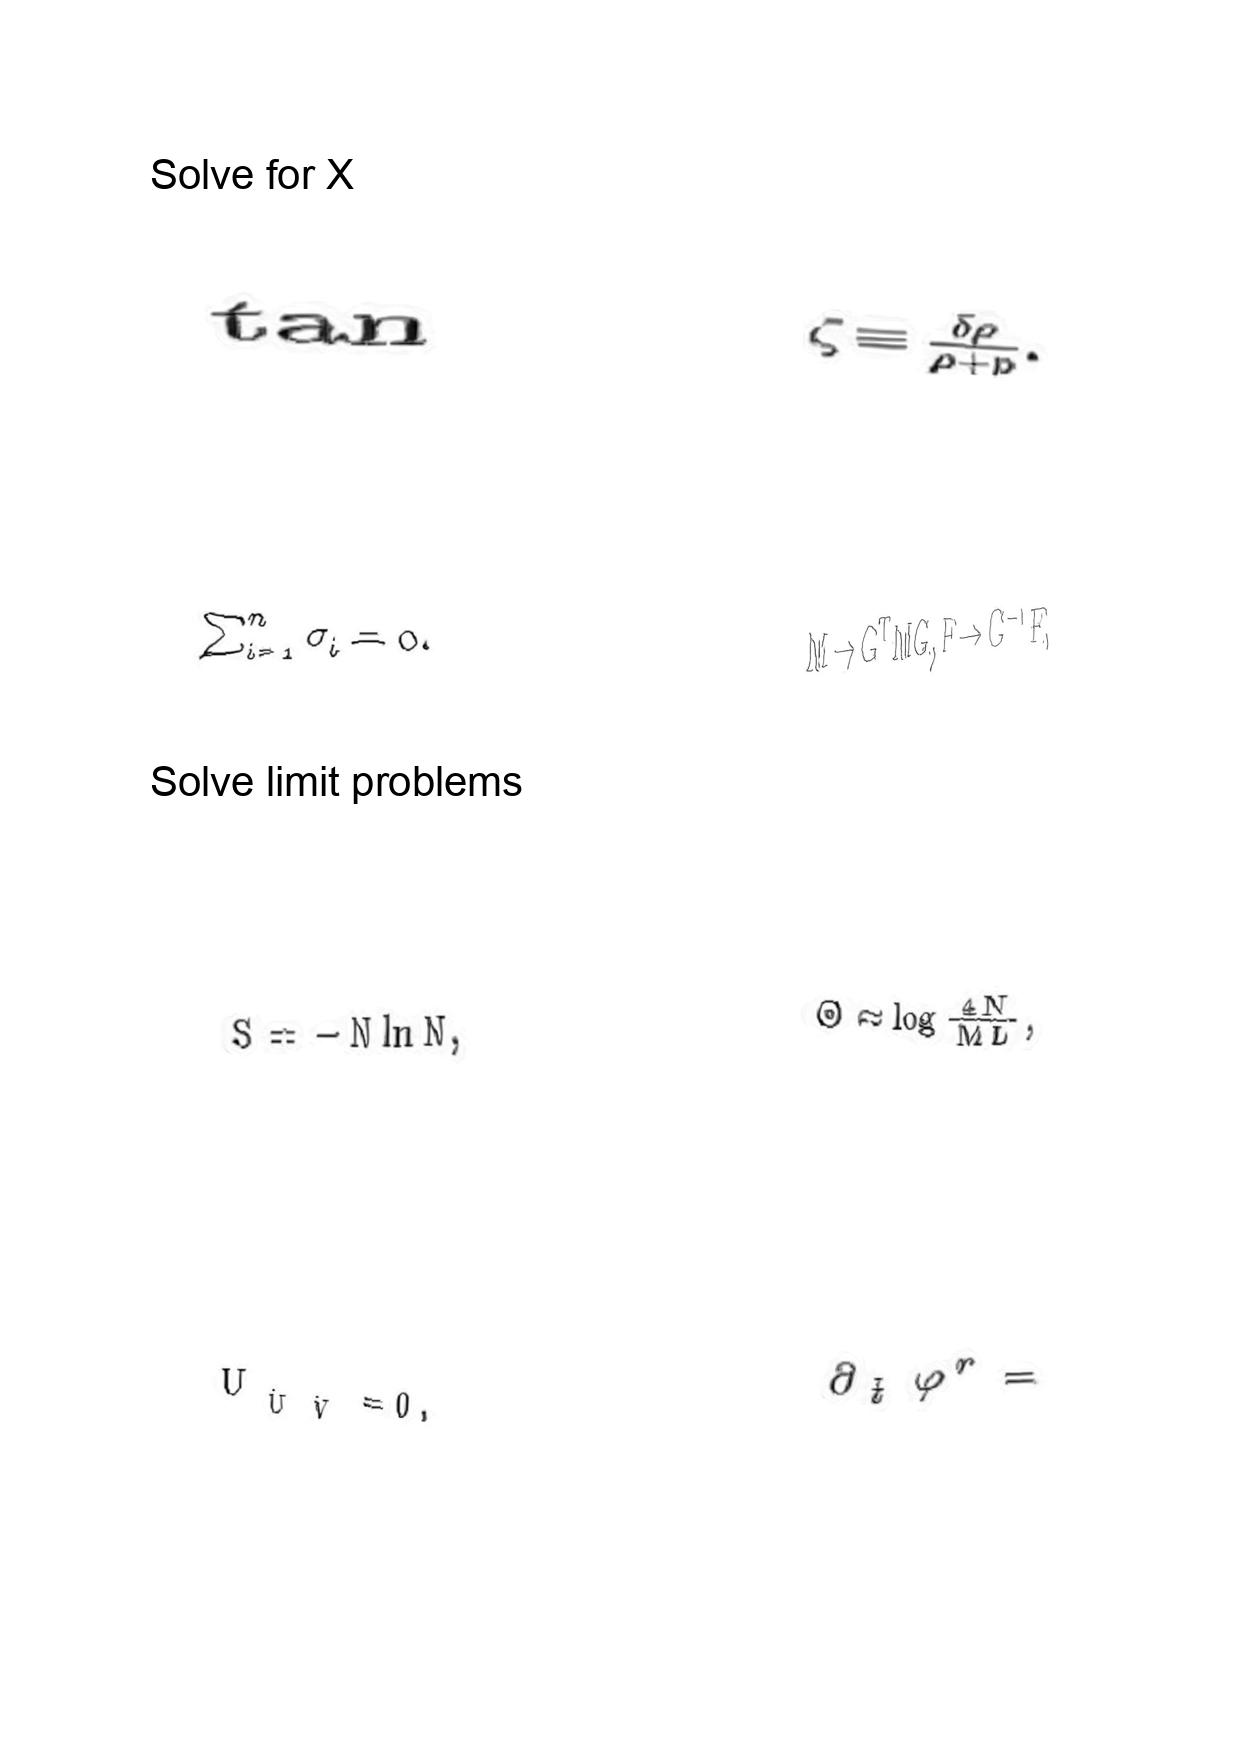
LaTeX transcription:
\tan
\sum _ { i = 1 } ^ { n } \sigma _ { i } = 0 .
S = - N \ln N ,
U _ { \hat { U } \hat { V } } = 0 .
\zeta \equiv \frac { \delta \rho } { \rho + p } .
M \to G ^ { T } M G , F \to G ^ { - 1 } F ,
\Theta \approx \log \frac { 4 N } { M L } ,
\partial _ { \tilde { t } } \varphi ^ { r } =